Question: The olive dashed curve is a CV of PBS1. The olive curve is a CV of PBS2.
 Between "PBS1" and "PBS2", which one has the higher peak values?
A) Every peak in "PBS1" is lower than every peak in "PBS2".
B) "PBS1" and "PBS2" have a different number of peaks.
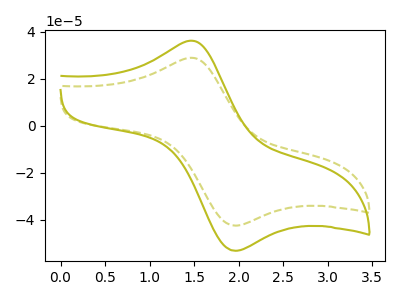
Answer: <think>The olive dashed curve "PBS1" has an anodic peak at (1.50V, 28.85uA) and a cathodic peak at (1.95V, -42.40uA). The olive curve "PBS2" has an anodic peak at (1.50V, 36.10uA) and a cathodic peak at (1.95V, -53.10uA).</think>
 <answer>A) Every peak in "PBS1" is lower than every peak in "PBS2".</answer>
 <eval>A</eval>